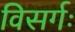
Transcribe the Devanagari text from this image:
विसर्गः